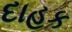
દાહક